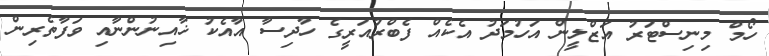
ހޯމް މިނިސްޓަރު އަޒްލީން އަހުމަދު އެކެއް ފެބްރުއަރީގެ ހާދިސާ އާއެކު ޚާއިނުންނާއި ވަފާތެރިން